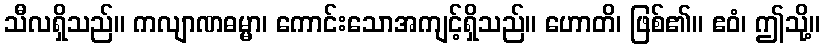
သီလရှိသည်။ ကလျာဏဓမ္မာ၊ ကောင်းသောအကျင့်ရှိသည်။ ဟောတိ၊ ဖြစ်၏။ ဧဝံ၊ ဤသို့။